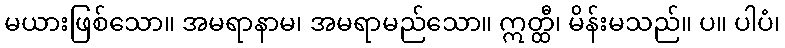
မယားဖြစ်သော။ အမရာနာမ၊ အမရာမည်သော။ ဣတ္ထီ၊ မိန်းမသည်။ ပ။ ပါပံ၊